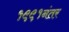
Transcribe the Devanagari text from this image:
१९९१नंतर